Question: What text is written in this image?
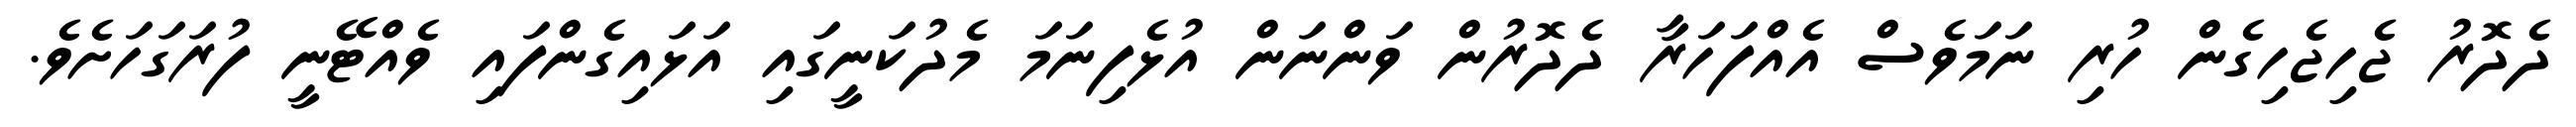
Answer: ދެދޮރު ޖެހިޖެހިގެން ހުރި ނަމަވެސް އެއްފަހަރާ ދެދޮރުން ވަންނަން އުޅެފިނަމަ މެދުކަނީގައި އަޅައިގެންފައި ވެއްޓޭނީ ފުރަގަހަށެވެ.